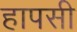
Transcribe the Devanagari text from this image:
हापसी